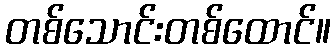
တစ်သောင်းတစ်ထောင်။